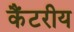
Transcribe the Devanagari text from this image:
कैंटरीय